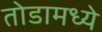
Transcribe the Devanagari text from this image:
तोडामध्ये